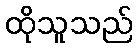
ထိုသူသည်